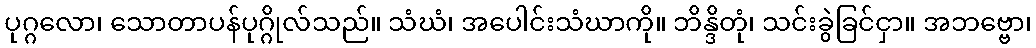
ပုဂ္ဂလော၊ သောတာပန်ပုဂ္ဂိုလ်သည်။ သံဃံ၊ အပေါင်းသံဃာကို။ ဘိန္ဒိတုံ၊ သင်းခွဲခြင်ငှာ။ အဘဗ္ဗော၊